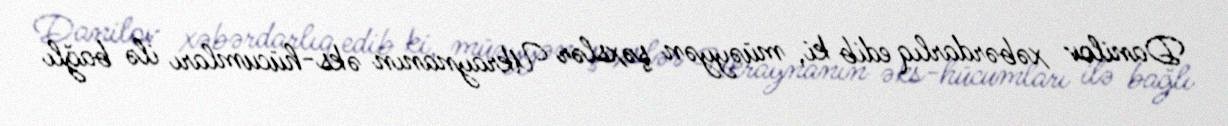
Danilov xəbərdarlıq edib ki, müəyyən şəxslər Ukraynanın əks-hücumları ilə bağlı